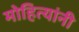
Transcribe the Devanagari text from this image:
मोहित्यांनी